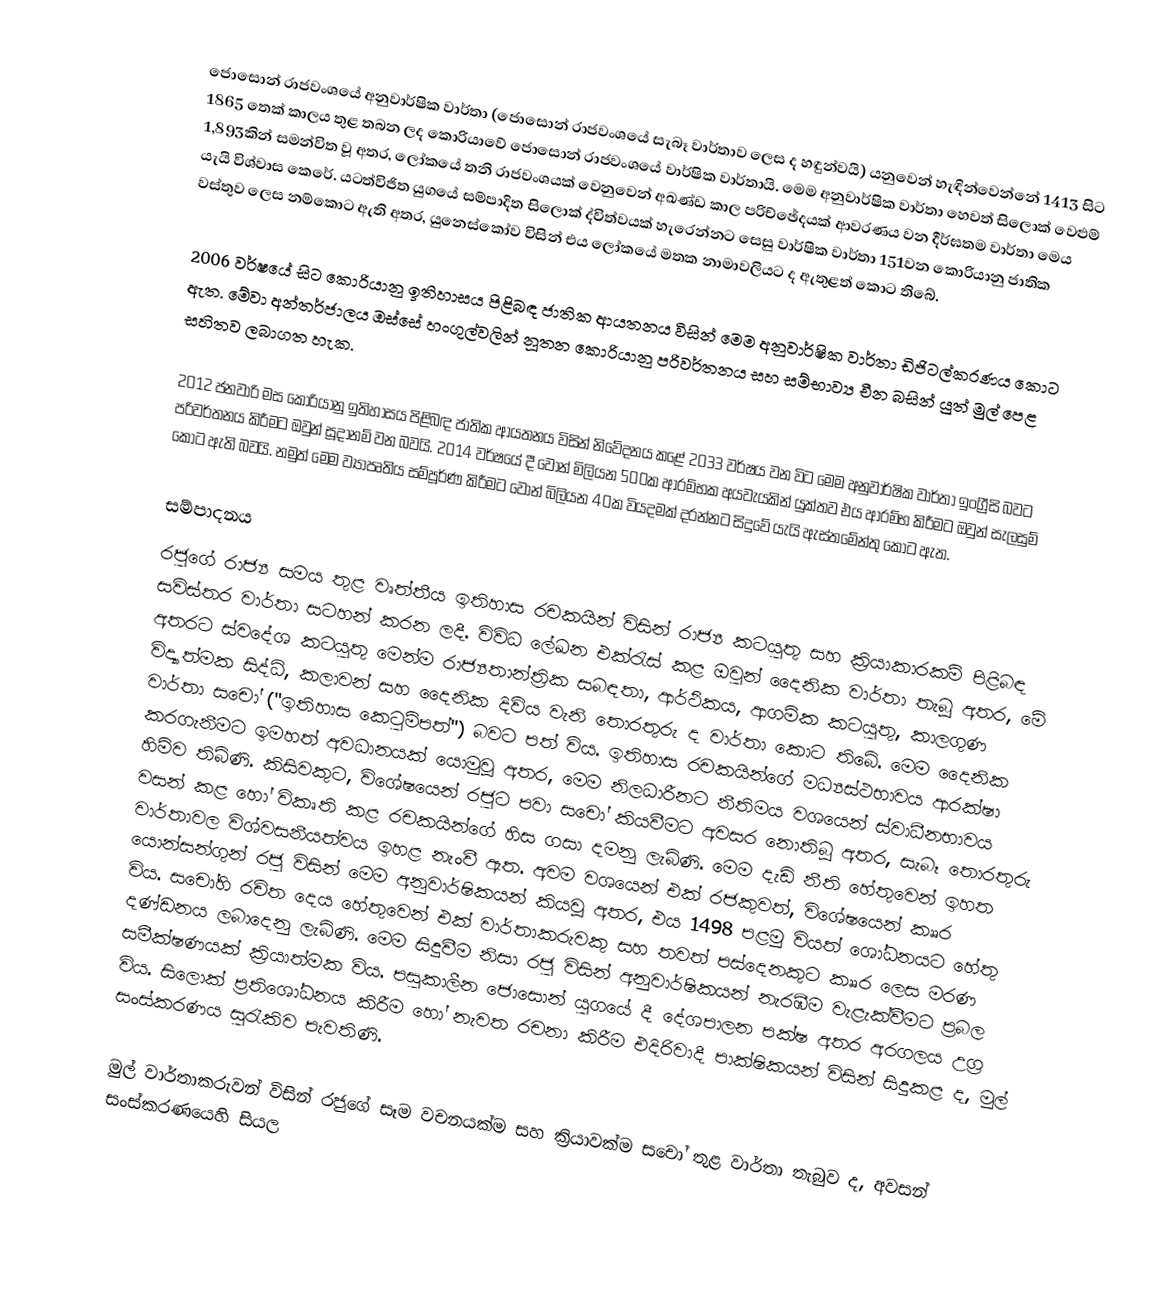
ජොසොන් රාජවංශයේ අනුවාර්ෂික වාර්තා (ජොසොන් රාජවංශයේ සැබෑ වාර්තාව ලෙස ද හඳුන්වයි) යනුවෙන් හැඳින්වෙන්නේ 1413 සිට 1865 තෙක් කාලය තුළ තබන ලද කොරියාවේ ජොසොන් රාජවංශයේ වාර්ෂික වාර්තායි. මෙම අනුවාර්ෂික වාර්තා හෙවත් සිලොක් වෙළුම් 1,893කින් සමන්විත වූ අතර, ලෝකයේ තනි රාජවංශයක් වෙනු‍වෙන් අඛණ්ඩ කාල පරිච්ඡේදයක් ආවරණය වන දීර්ඝතම වාර්තා මෙය යැයි විශ්වාස කෙරේ. යටත්විජිත යුගයේ සම්පාදිත සිලොක් ද්විත්වයක් හැරෙන්නට සෙසු වාර්ෂික වාර්තා 151වන කොරියානු ජාතික වස්තුව ලෙස නම්කොට ඇති අතර, යුනෙස්කෝව විසින් එය ලෝකයේ මතක නාමාවලියට ද ඇතුළත් කොට තිබේ.

2006 වර්ෂයේ සිට කොරියානු ඉතිහාසය පිළිබඳ ජාතික ආයතනය විසින් මෙම අනුවාර්ෂික වාර්තා ඩිජිටල්කරණය කොට ඇත. මේවා අන්තර්ජාලය ඔස්සේ හංගුල්වලින් නූතන කොරියානු පරිවර්තනය සහ සම්භාව්‍ය චීන බසින් යුත් මුල් පෙළ සහිතව ලබාගත හැක.

2012 ජනවාරි මස කොරියානු ඉතිහාසය පිළිබඳ ජාතික ආයතනය විසින් නිවේදනය කළේ 2033 වර්ෂය වන විට මෙම අනුවාර්ෂික වාර්තා ඉංග්‍රීසි බවට පරිවර්තනය කිරීමට ඔවුන් සූදානම් වන බවයි. 2014 වර්ෂයේ දී වොන් මිලියන 500ක ආරම්භක අයවැයකින් යුක්තව එය ආරම්භ කිරීමට ඔවුන් සැලසුම් කොට ඇති බවයි. නමුත් මෙම ව්‍යාපෘතිය සම්පූර්ණ කිරීමට වොන් බිලියන 40ක වියදමක් දරන්නට සිදුවේ යැයි ඇස්තමේන්තු කොට ඇත.

සම්පාදනය
රජුගේ රාජ්‍ය සමය තුළ වෘත්තීය ඉතිහාස රචකයින් විසින් රාජ්‍ය කටයුතු සහ ක්‍රියාකාරකම් පිළිබඳ සවිස්තර වාර්තා සටහන් කරන ලදී. විවිධ ලේඛන එක්රැස් කළ ඔවුන් දෛනික වාර්තා තැබූ අතර, මේ අතරට ස්වදේශ කටයුතු මෙන්ම රාජ්‍යතාන්ත්‍රික සබඳතා, ආර්ථිකය, ආගමික කටයුතු, කාලගුණ විද්‍යාත්මක සිද්ධි, කලාවන් සහ දෛනික දිවිය වැනි තොරතුරු ද වාර්තා කොට තිබේ. මෙම දෛනික වාර්තා සචෝ ("ඉතිහාස කෙටුම්පත්") බවට පත් විය. ඉතිහාස රචකයින්ගේ මධ්‍යස්ථභාවය ආරක්ෂා කරගැනීමට ඉමහත් අවධානයක් යොමුවූ අතර, මෙම නිලධාරීනට නීතිමය වශයෙන් ස්වාධීනභාවය හිමිව තිබිණි. කිසිවකුට, විශේෂයෙන් රජුට පවා සචෝ කියවීමට අවසර නොතිබූ අතර, සැබෑ තොරතුරු වසන් කළ හෝ විකෘති කළ රචකයින්ගේ හිස ගසා දමනු ලැබිණි. මෙම දැඩි නීති හේතුවෙන් ඉහත වාර්තාවල විශ්වසනීයත්වය ඉහළ නැංවී ඇත. අවම වශයෙන් එක් රජකුවත්, විශේෂයෙන් කෲර යොන්සන්ගුන් රජු විසින් මෙම අනුවාර්ෂිකයන් කියවූ අතර, එය 1498 පළමු වියත් ශෝධනයට හේතු විය. සචෝහි රචිත දෙය හේතුවෙන් එක් වාර්තාකරුවකු සහ තවත් පස්දෙනකුට කෲර ලෙස මරණ දණ්ඩනය ලබාදෙනු ලැබිණි. මෙම සිදුවීම නිසා රජු විසින් අනුවාර්ෂිකයන් නැරඹීම වැළැක්වීමට ප්‍රබල සමීක්ෂණයක් ක්‍රියාත්මක විය. පසුකාලීන ජොසොන් යුගයේ දී දේශපාලන පක්ෂ අතර අරගලය උග්‍ර විය. සිලොක් ප්‍රතිශෝධනය කිරීම හෝ නැවත රචනා කිරීම එදිරිවාදී පාක්ෂිකයන් විසින් සිදුකළ ද, මුල් සංස්කරණය සුරැකිව පැවතිණි.

මුල් වාර්තාකරුවන් විසින් රජුගේ සෑම වචනයක්ම සහ ක්‍රියාවක්ම සචෝ තුළ වාර්තා තැබුව ද, අවසන් සංස්කරණයෙහි සියල